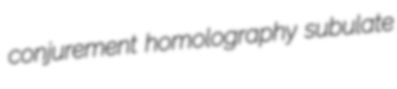
conjurement homolography subulate